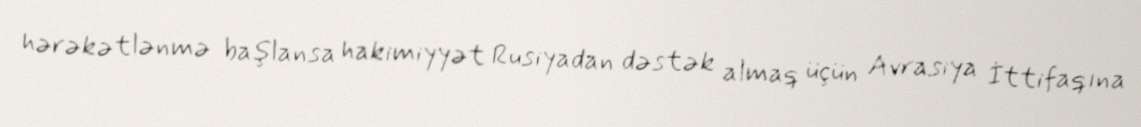
hərəkətlənmə başlansa hakimiyyət Rusiyadan dəstək almaq üçün Avrasiya İttifaqına